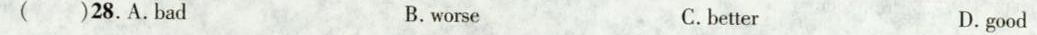
( )28.A.Bad B.worse C.better D.good